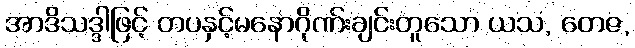
အာဒိသဒ္ဒါဖြင့် တပနှင့်မနောဂိုဏ်းချင်းတူသော ယသ, တေဇ,